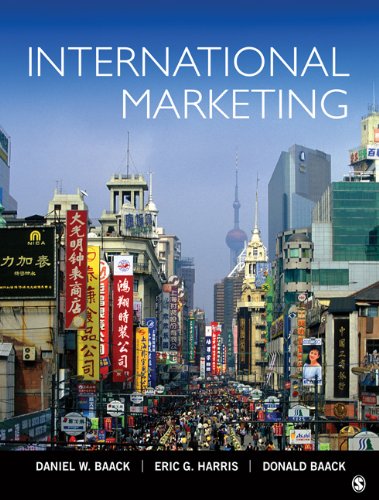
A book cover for International Marketing; Daniel W. Baack; Business & Money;